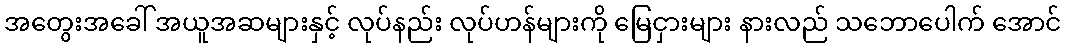
အတွေးအခေါ် အယူအဆများနှင့် လုပ်နည်း လုပ်ဟန်များကို မြေငှားများ နားလည် သဘောပေါက် အောင်